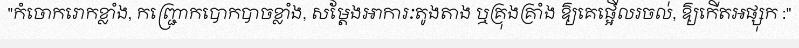
"កំចោករោកខ្លាំង, កញ្ជ្រោកបោកបាចខ្លាំង, សម្តែងអាការៈតូងតាង ឬគ្រុងគ្រាំង ឱ្យគេផ្អើលរចល់, ឱ្យកើតអផ្សុក :"